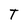
Character: T